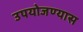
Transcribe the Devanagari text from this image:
उपयोजण्यास